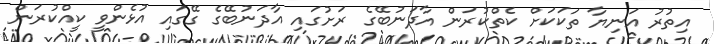
އިތުރު އަނިޔާ ތަކަކަށް ކެތްކުރަން އާދަނުބޭގެ ރަށުގައި އާދަނުބޭގެ ގޭގައި އުޅެންވީ ކީއްކުރަން